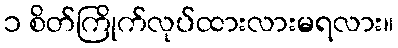
၁ စိတ်ကြိုက်လုပ်ထားလားမရလား။